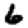
Digit: 6